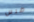
ضرس